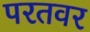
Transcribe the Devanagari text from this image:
परतवर